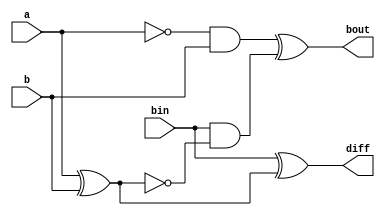
`timescale 1ns / 1ps

module Full_Sub(
	input a,
	input b,
	input bin,
	output diff,
	output bout
    );
	 
	 assign diff= bin^(a^b);
	 assign bout=((~a)&b)^(bin&(~(a^b))); 


endmodule